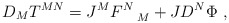
\begin{align*}D_M T^{MN}= J^M F^N_{\quad M} + J D^N\Phi~,\end{align*}